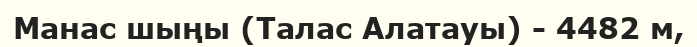
Манас шыңы (Талас Алатауы) - 4482 м,